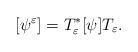
LaTeX: \begin{align*}[\psi^{\varepsilon}] = T_\varepsilon^* [\psi] T_\varepsilon.\end{align*}